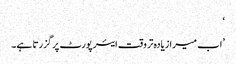
‘
’اب میرا زیادہ تر وقت ایئرپورٹ پر گزرتا ہے۔